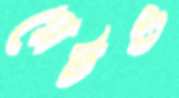
প্লেটও